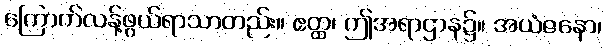
ကြောက်လန့်ဖွယ်ရာသာတည်း။ ဧတ္ထ၊ ဤအရာဌာန၌။ အယံဇနော၊